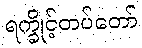
ရက္ခိုင့်တပ်တော်